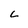
Character: C